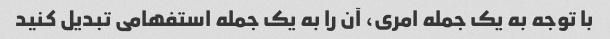
با توجه به یک جمله امری، آن را به یک جمله استفهامی تبدیل کنید